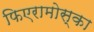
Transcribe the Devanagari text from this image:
फिएरामोस्का